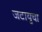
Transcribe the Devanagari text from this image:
जटायुचा